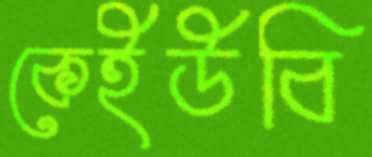
কেইউবি